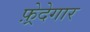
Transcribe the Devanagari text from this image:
फ़्रेदेगार